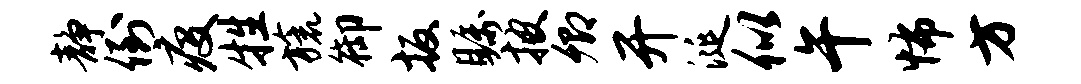
静倒疫牲旒御扳瞩披卿开涎似午怖方